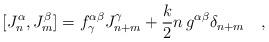
LaTeX: \begin{align*}[J^{\alpha}_n,J^{\beta}_m]=f^{\alpha\beta}_{\gamma}J^{\gamma}_{n+m}+\frac{k}{2}n\,g^{\alpha\beta}\delta_{n+m}\quad ,\end{align*}